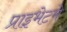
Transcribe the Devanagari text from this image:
प्राइभेटमे